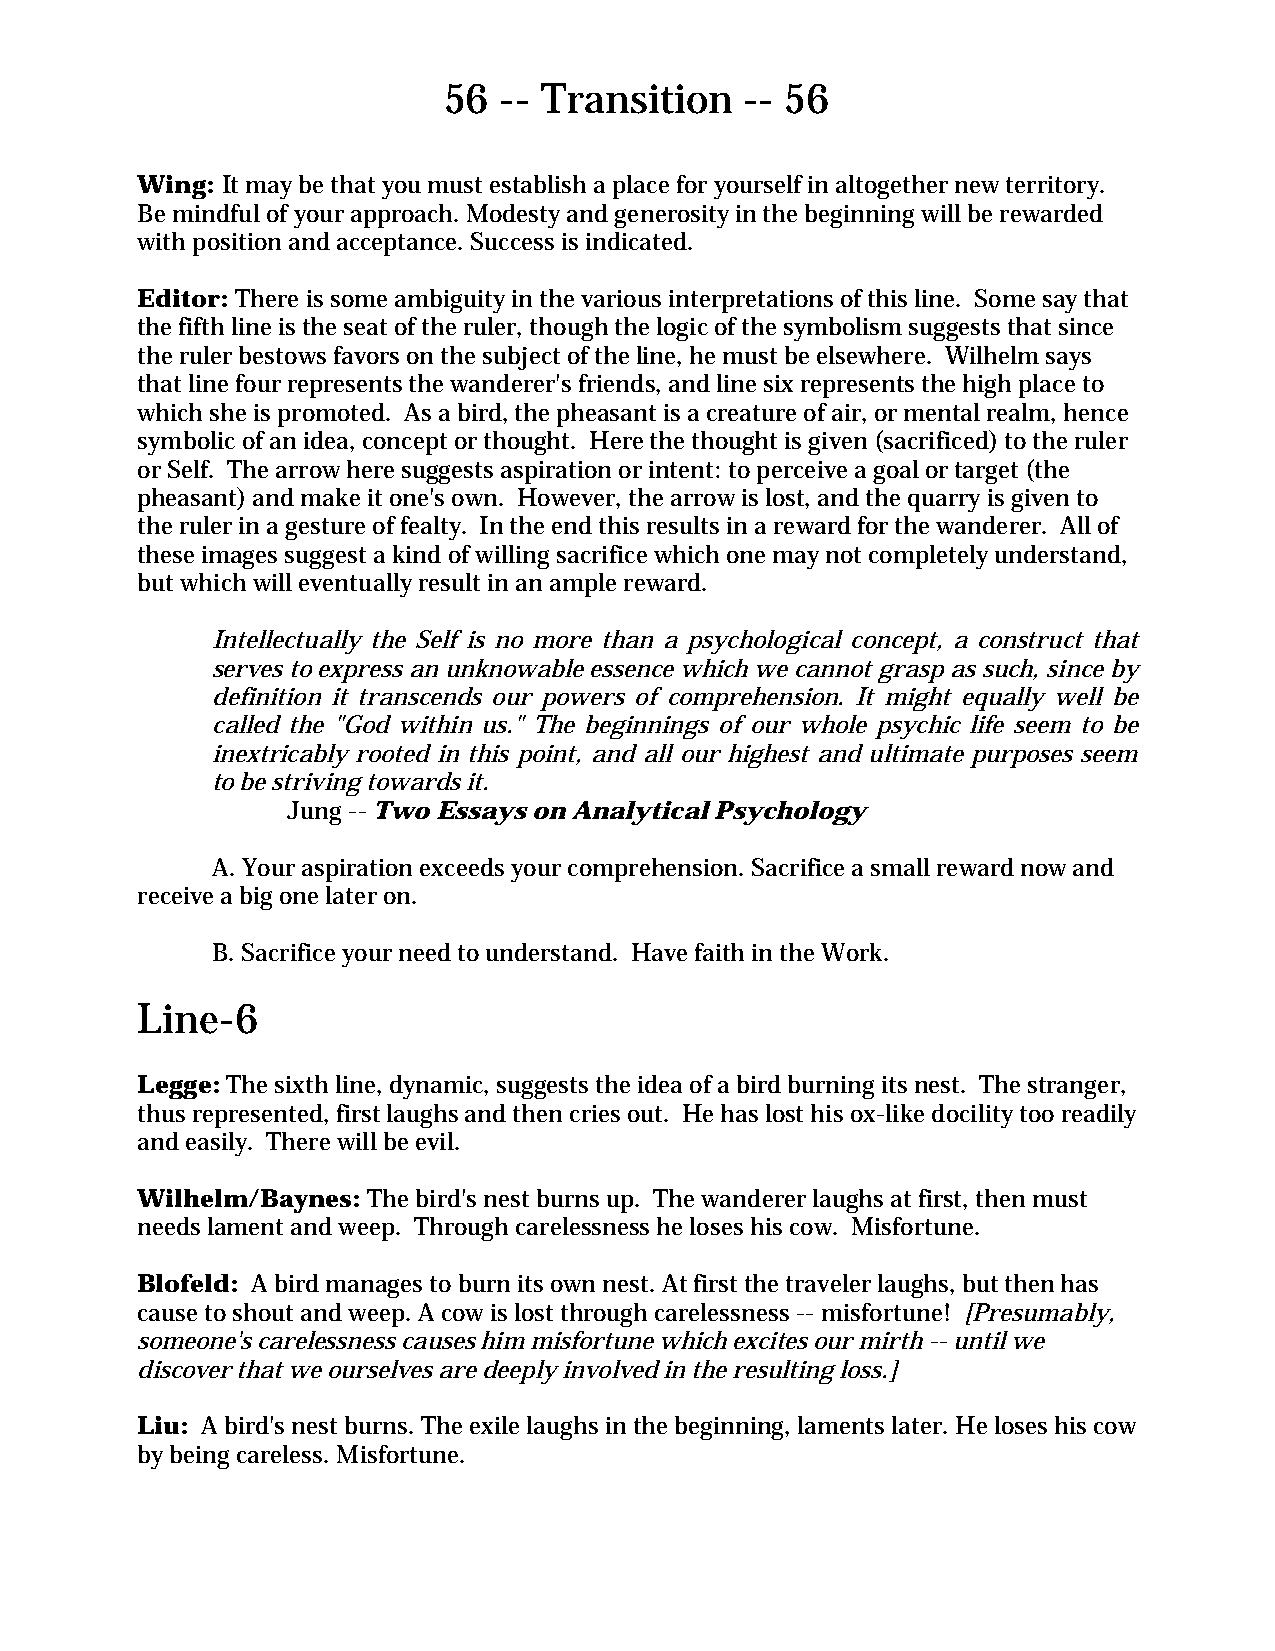
56  -- Transition   -- 56
 Wing: It may be that you must establish a place for yourself in altogether new territory.
 Be mindful of your approach. Modesty and generosity in the beginning will be rewarded
 with position and acceptance. Success is indicated.
 Editor: There is some ambiguity in the various interpretations of this line. Some say that
 the fifth line is the seat of the ruler, though the logic of the symbolism suggests that since
 the ruler bestows favors on the subject of the line, he must be elsewhere. Wilhelm says
 that line four represents the wanderer's friends, and line six represents the high place to
 which she is promoted. As a bird, the pheasant is a creature of air, or mental realm, hence
 symbolic of an idea, concept or thought. Here the thought is given (sacrificed) to the ruler
 or Self. The arrow here suggests aspiration or intent: to perceive a goal or target (the
 pheasant) and make it one's own. However, the arrow is lost, and the quarry is given to
 the ruler in a gesture of fealty. In the end this results in a reward for the wanderer. All of
 these images suggest a kind of willing sacrifice which one may not completely understand,
 but which will eventually result in an ample reward.
 Intellectually the Self is no more than a psychological concept, a construct that
 serves to express an unknowable essence which we cannot grasp as such, since by
 definition it transcends our powers of comprehension. It might equally well be
 called the "God within us." The beginnings of our whole psychic life seem to be
 inextricably rooted in this point, and all our highest and ultimate purposes seem
 to be striving towards it.
 Jung -- Two Essays on Analytical Psychology
 A. Your aspiration exceeds your comprehension. Sacrifice a small reward now and
 receive a big one later on.
 B. Sacrifice your need to understand. Have faith in the Work.
 Line-6
 Legge: The sixth line, dynamic, suggests the idea of a bird burning its nest. The stranger,
 thus represented, first laughs and then cries out. He has lost his ox-like docility too readily
 and easily. There will be evil.
 Wilhelm/Baynes: The bird's nest burns up. The wanderer laughs at first, then must
 needs lament and weep. Through carelessness he loses his cow. Misfortune.
 Blofeld: A bird manages to burn its own nest. At first the traveler laughs, but then has
 cause to shout and weep. A cow is lost through carelessness -- misfortune! [Presumably,
 someone's carelessness causes him misfortune which excites our mirth -- until we
 discover that we ourselves are deeply involved in the resulting loss.]
 Liu: A bird's nest burns. The exile laughs in the beginning, laments later. He loses his cow
 by being careless. Misfortune.